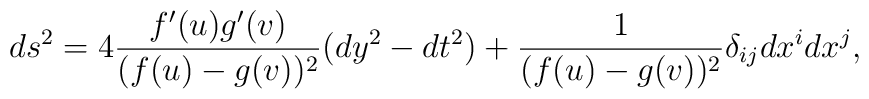
ds^2 =  4 \frac{f'(u)g'(v)}{(f(u)-g(v))^2}(dy^2-dt^2)+\frac{1}{(f(u)-g(v))^2} \delta_{ij} dx^i dx^j, \\